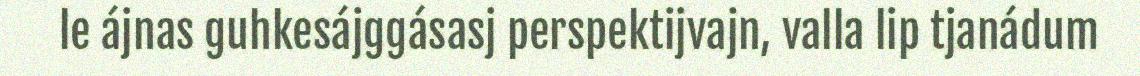
le ájnas guhkesájggásasj perspektijvajn, valla lip tjanádum